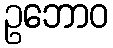
ဥဘောဝ